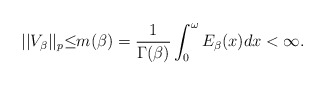
\begin{align*}||V_{\beta}||_{p}{\leq}m(\beta)=\frac{1}{\Gamma(\beta)}\int_{0}^{\omega}E_{\beta}(x)dx<\infty.\end{align*}